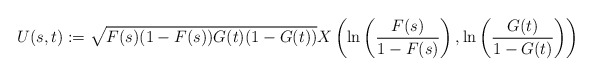
\begin{align*} U(s,t) := \sqrt{F(s)(1-F(s))G(t)(1-G(t))} X\left(\ln\left(\frac{F(s)}{1-F(s)}\right) , \ln\left(\frac{G(t)}{1-G(t)}\right) \right) \end{align*}